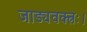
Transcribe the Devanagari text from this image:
जाड्यवक्त्रः।